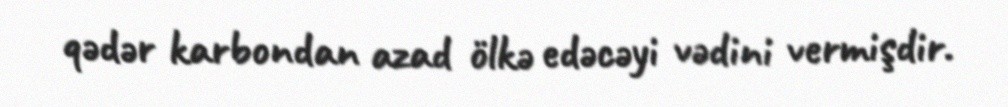
qədər karbondan azad ölkə edəcəyi vədini vermişdir.